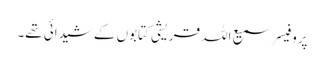
پروفیسر سمیع اللہ قریشی کتابوں کے شیدائی تھے۔